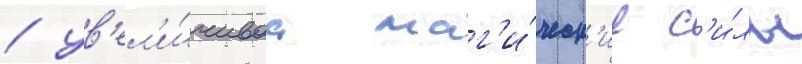
/ ув'ел'и́чиваа маг'и́ческ'ие с'и́лы